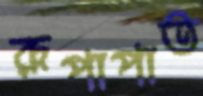
রূপাপাত